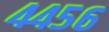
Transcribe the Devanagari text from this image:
४४५६